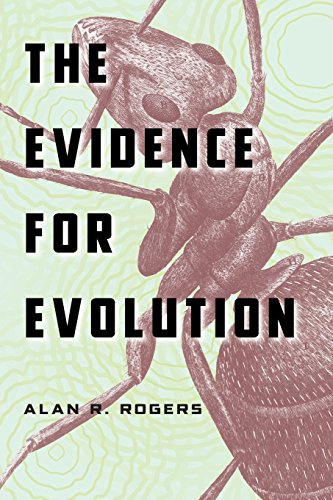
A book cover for The Evidence for Evolution; Alan R. Rogers; Christian Books & Bibles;